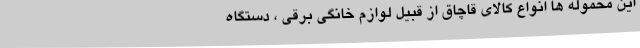
این محموله ها انواع کالای قاچاق از قبیل لوازم خانگی برقی ، دستگاه